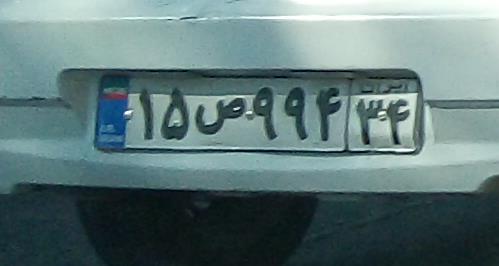
۱۵ص۹۹۴۳۴